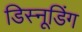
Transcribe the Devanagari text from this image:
डिस्नूडिंग